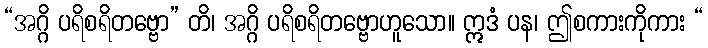
“အဂ္ဂိ ပရိစရိတဗ္ဗော” တိ၊ အဂ္ဂိ ပရိစရိတဗ္ဗောဟူသော။ ဣဒံ ပန၊ ဤစကားကိုကား “